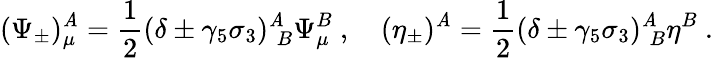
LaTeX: (\Psi_{\pm})_{\mu}^{\mathit{A}}=\frac{{1}}{{2}}(\delta\pm\gamma_{5}\sigma_{3})_{\; B}^{\mathit{A}}\Psi_{\mu}^{B}\ ,\quad(\eta_{\pm})^{\mathit{A}}=\frac{{1}}{{2}}(\delta\pm\gamma_{5}\sigma_{3})_{\; B}^{\mathit{A}}\eta^{B}\ .